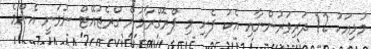
މުޅިއަކު 12 ދަރިވަރުންނާއި އެކު ފެށި މި ޕްރޮގްރާމުން ގްރެޖުއޭޓް ނުވަނީ އެންމެ